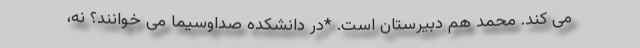
می کند. محمد هم دبیرستان است. *در دانشکده صداوسیما می خوانند؟ نه،